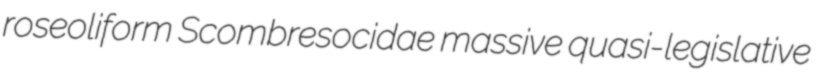
roseoliform Scombresocidae massive quasi-legislative